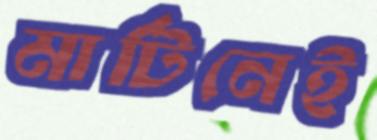
মার্টিনেই